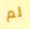
لم